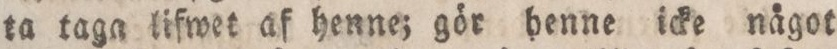
ta taga lifwet af henne; gör henne icke nägot